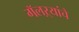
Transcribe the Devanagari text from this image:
गॅलऱ्यांचे